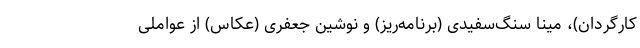
کارگردان)، مینا سنگ‌سفیدی (برنامه‌ریز) و نوشین جعفری (عکاس) از عواملی